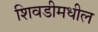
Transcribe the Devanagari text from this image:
शिवडीमधील